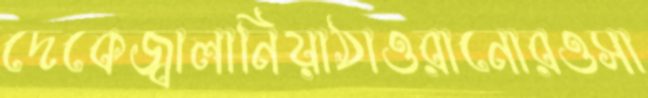
দেকেজ্বালানিয়াঠাওরানোরওসা